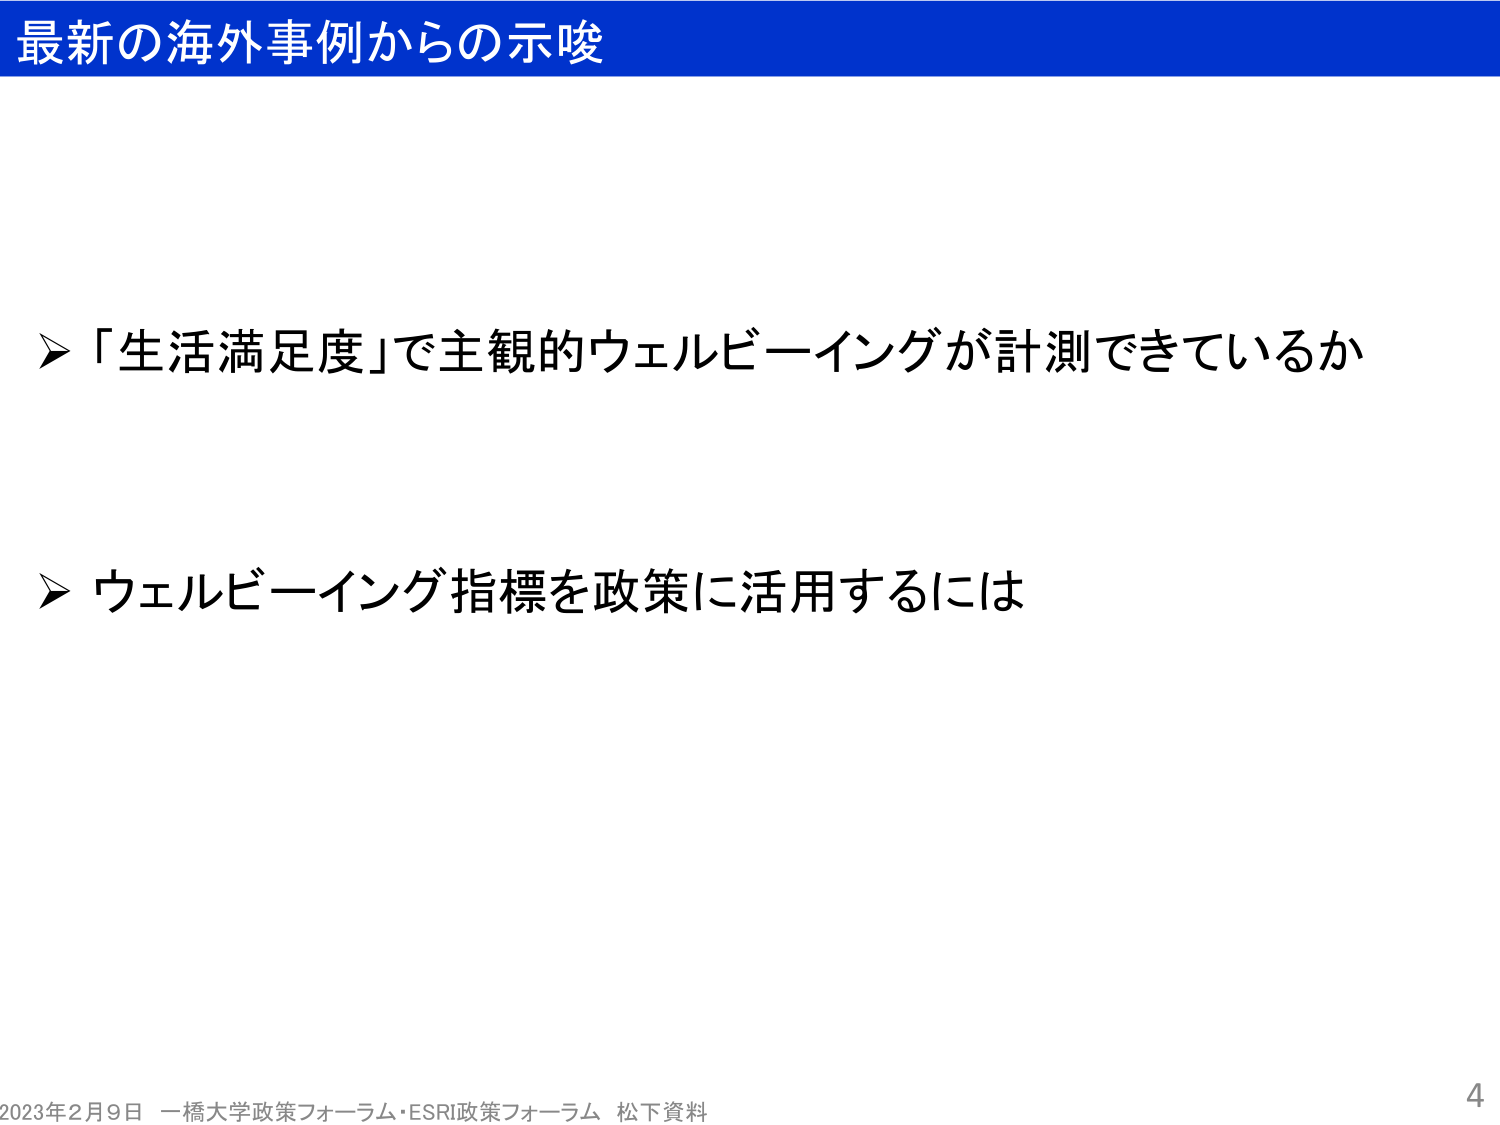
最新の海外事例からの示唆

▶「生活満足度」で主観的ウェルビーイングが計測できているか

▶ウェルビーイング指標を政策に活用するには

2023年2月9日 一橋大学政策フォーラム・ESRI政策フォーラム 松下資料

4